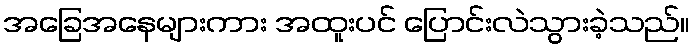
အခြေအနေများကား အထူးပင် ပြောင်းလဲသွားခဲ့သည်။